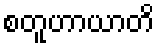
စတူဟာယာတိ